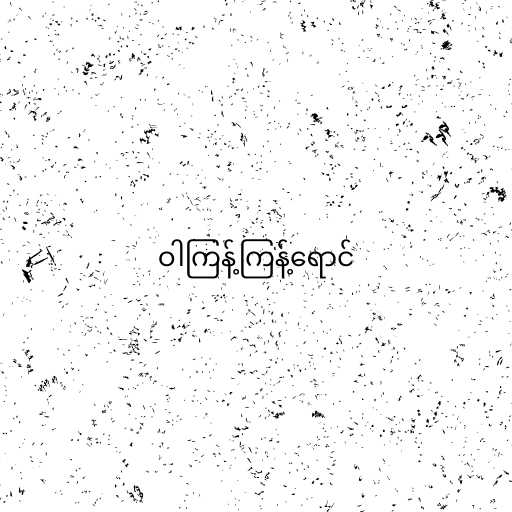
ဝါကြန့်ကြန့်ရောင်